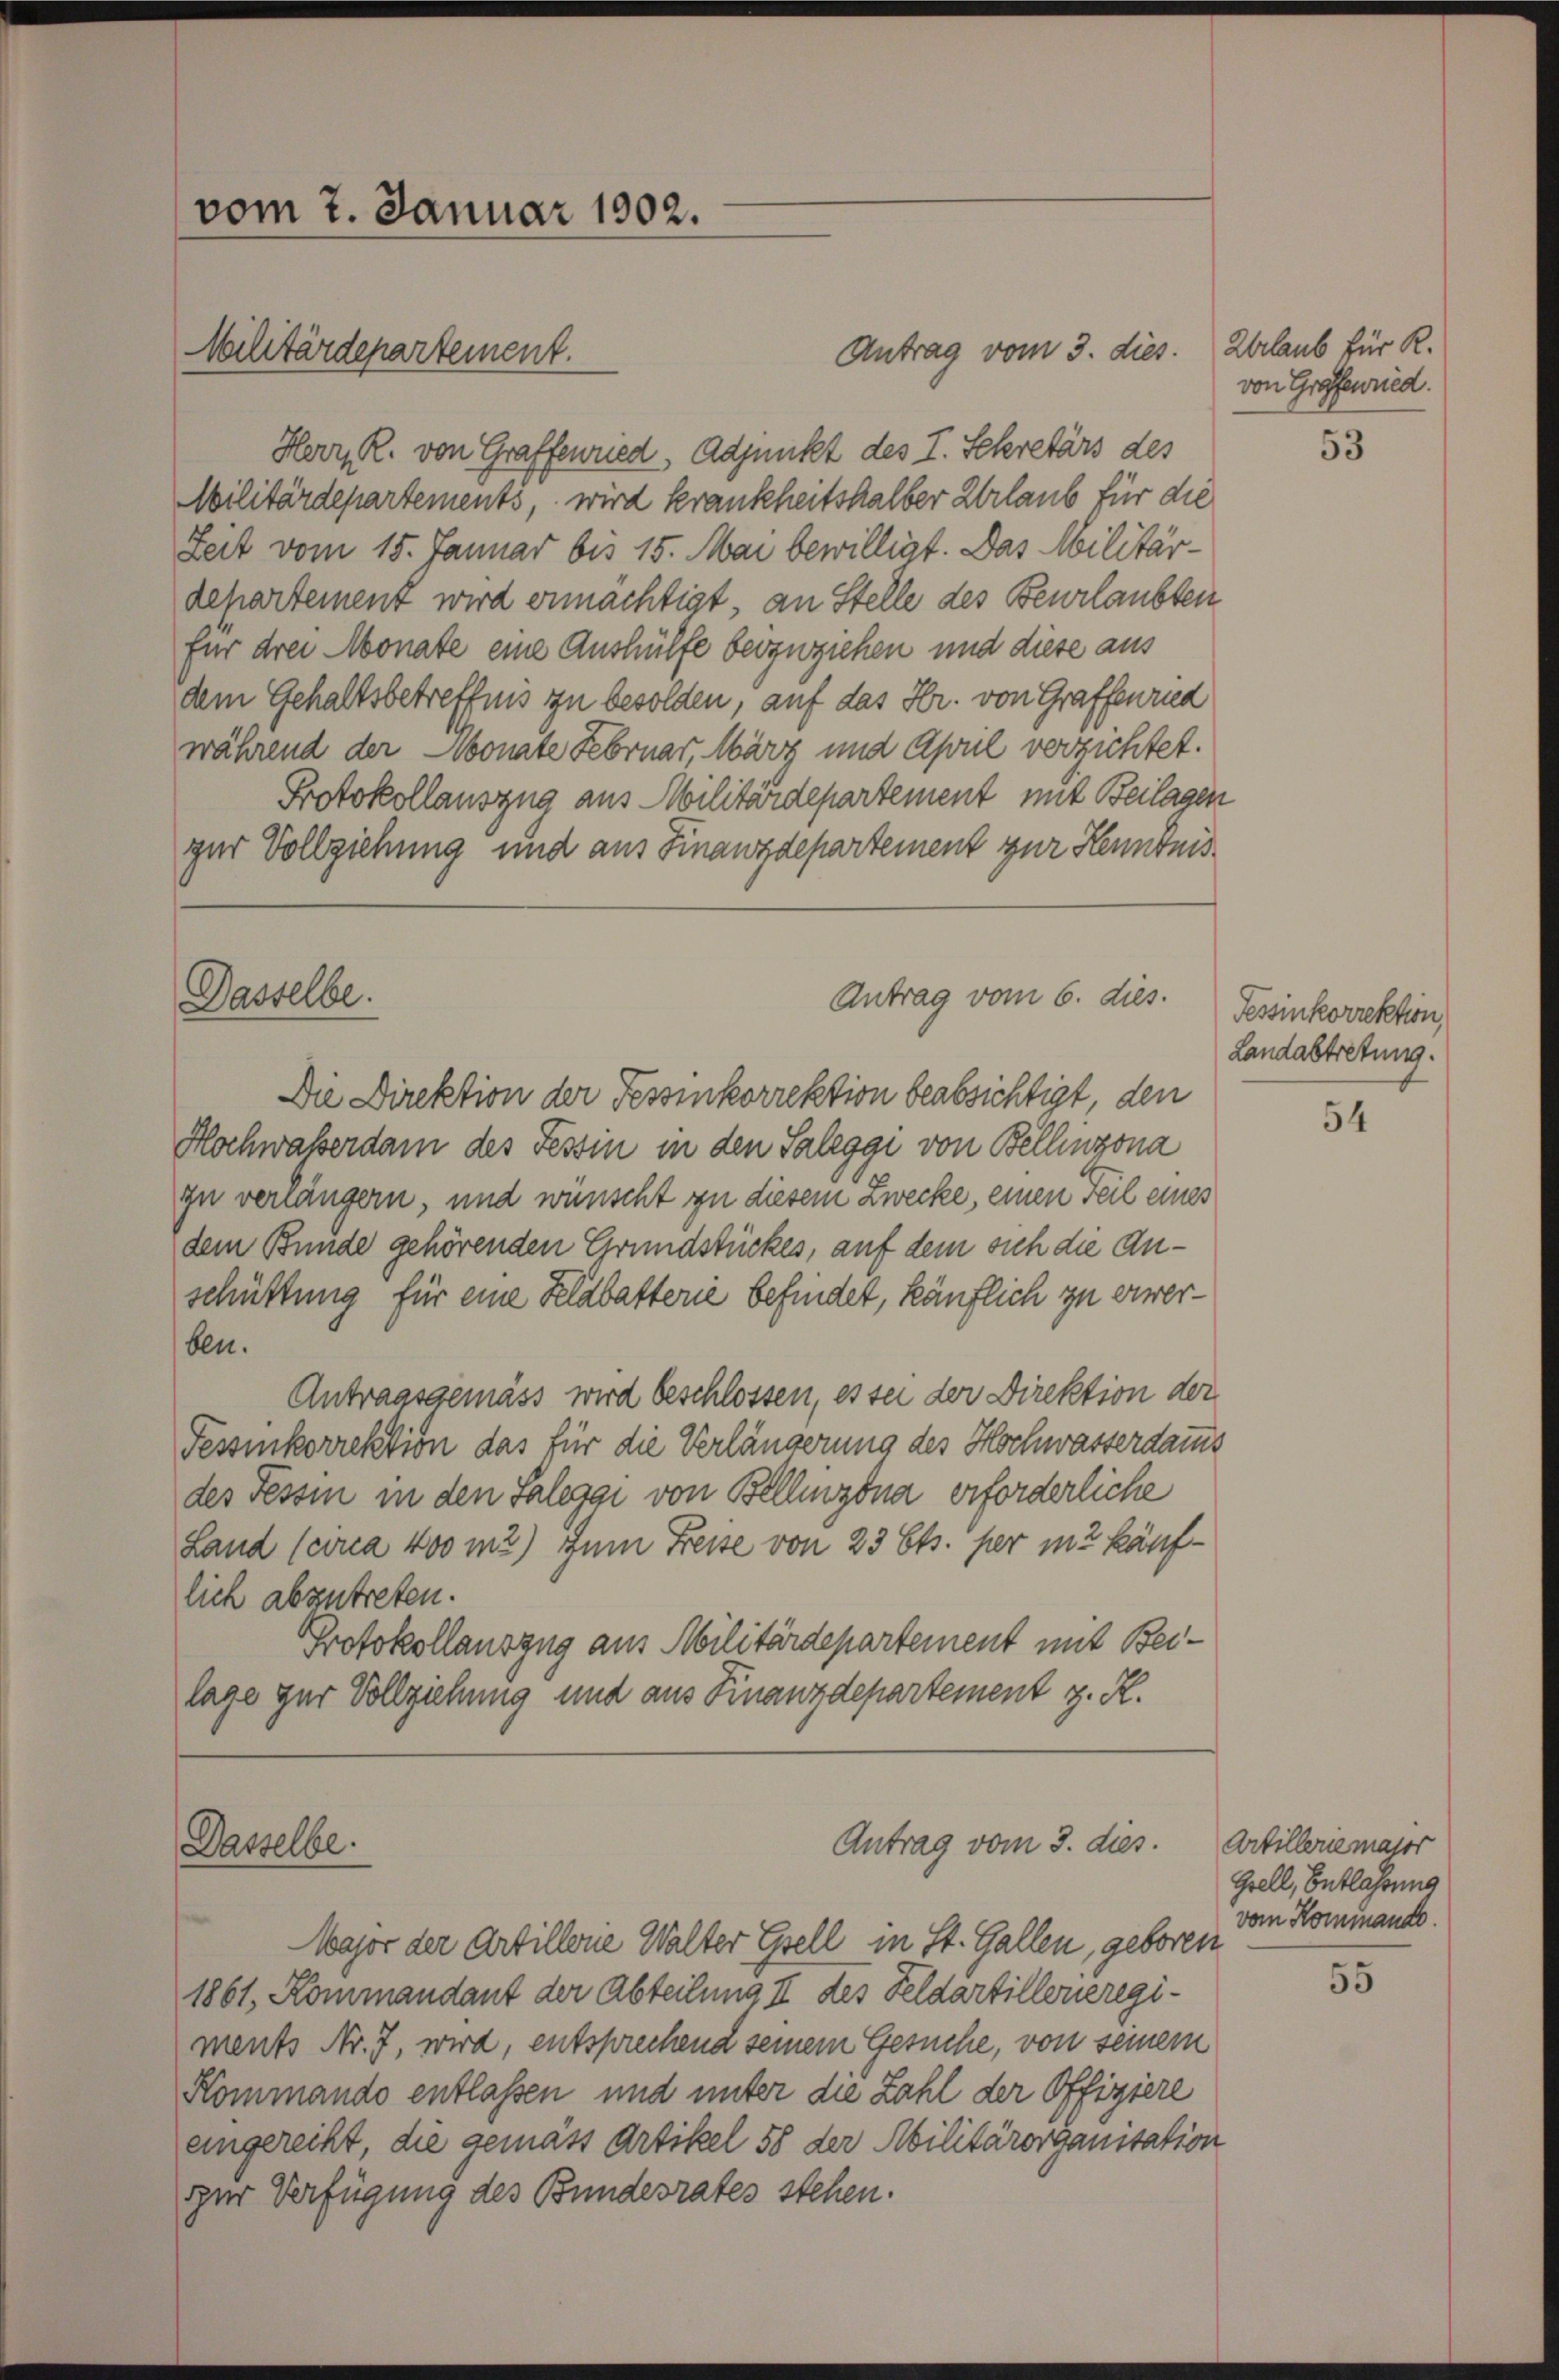
Antrag vom 3. dies. Erlaub für R.
Herr R. von Graffenried, Adjunkt des I. Sekretärs des
Militärdepartements, wird krankheitshalber Urlaub für die
Zeit vom 15. Januar bis 15. Mai bewilligt. Das Militärdepartement wird ermächtigt, an Stelle des Beurlaubten
für drei Monate eine Aushülfe beyzuziehen und diese aus
dem Gehaltsbetreffnis zu besolden, auf das Hr. von Graffenried
während der Monate Februar, März und April verzichtet.
Protokollauszug aus Militärdepartement mit Beilagen
gar Vollziehung und aus Finanzdepartement zur Kenntnis¬
Die Direktion der Tessinkorrektion beabsichtigt, den
Hochwasserdam des Tessin in den Saleggi von Bellinzona
zu verlängern, und wünscht zu diesem Zwecke, einen Teil eines
dem Bunde gehörenden Grundstückes, auf dem sich die Anschüttung für eine Klabatterie befindet, käuflich zu erwerben.
Antragsgemäss wird beschlossen, es sei der Direktion der
Fessenkorrektion das für die Verlängerung des Hochwasserdamms
des Tessin in den Saleggi von Bellinzona erforderliche
Land (circa 400 m2) Zum Freise von 23 Cts. per in 2 käuflich abzutreten.
Protokollauszug aus Militärdepartement mit Beilage zur Vollziehung und aus Finanzdepartement z. R.

vom 7. Januar 1902.
Militärdepartement.

Dasselbe.

Dasselbe.

Antrag vom 6. dies.

Antrag vom 3. dies.

Major der Artillone Walter Esell in St. Gallen, geboren
1861, Kommandant der Abteilung II des Feldartilleneregiments Nr. 7, wird, entsprechend seinem Gesuche, von seinem
Kommando entlassen und unter die Zahl der Offiziere
eingereiht, die gemäss Artikel 58 der Abilitärorganisation
zur Verfügung des Bundesrates stehen.

von Graffenried.

53

Tessinkorrektion,
Landabtretung.

54

Artillerie massr
Grell, Entlassung
vom Kommando.

55